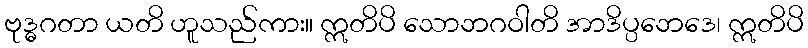
ဗုဒ္ဓဂတာ ယတိ ဟူသည်ကား။ ဣတိပိ သောဘဂဝါတိ အာဒိပ္ပဘေဒေ၊ ဣတိပိ